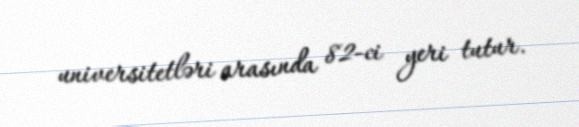
universitetləri arasında 82-ci yeri tutur.